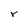
Character: r